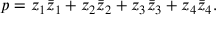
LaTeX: p = z _ { 1 } \bar { z } _ { 1 } + z _ { 2 } \bar { z } _ { 2 } + z _ { 3 } \bar { z } _ { 3 } + z _ { 4 } \bar { z } _ { 4 } .